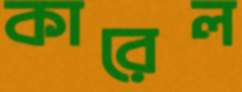
কারেল